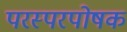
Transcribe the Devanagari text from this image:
परस्परपोषक